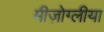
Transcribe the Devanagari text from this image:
मीज़ोग्लीया